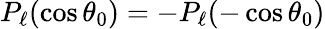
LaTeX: P_{\ell}(\cos\theta_{0})=-P_{\ell}(-\cos\theta_{0})